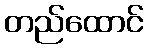
တည်ထောင်